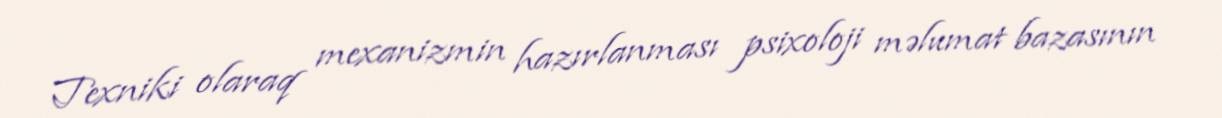
Texniki olaraq mexanizmin hazırlanması psixoloji məlumat bazasının